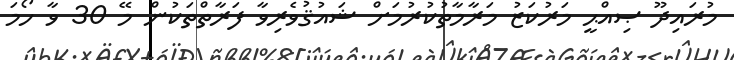
މުރައިދޫ ޞިއްޙީ މަރުކަޒު މަރާމާތުކުރުމަށް ޝައުޤުވެރިވާ ފަރާތްތަކުން މޭ 30 ވާ ހޯމަ